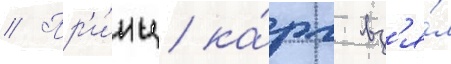
// Пр'и́нц ка́рл вз'я́л